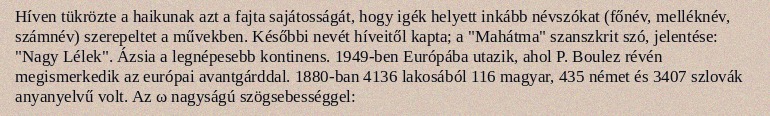
Híven tükrözte a haikunak azt a fajta sajátosságát, hogy igék helyett inkább névszókat (főnév, melléknév, számnév) szerepeltet a művekben. Későbbi nevét híveitől kapta; a "Mahátma" szanszkrit szó, jelentése: "Nagy Lélek". Ázsia a legnépesebb kontinens. 1949-ben Európába utazik, ahol P. Boulez révén megismerkedik az európai avantgárddal. 1880-ban 4136 lakosából 116 magyar, 435 német és 3407 szlovák anyanyelvű volt. Az ω nagyságú szögsebességgel: